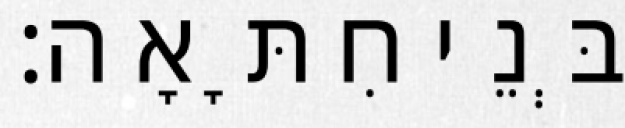
בְּנֵי חִתָּאָה׃